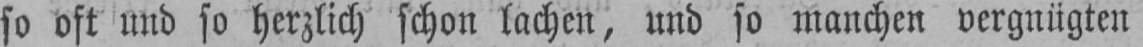
so oft und so herzlich schon lachen, und so manchen vergnügten